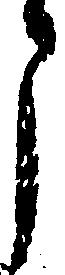
う